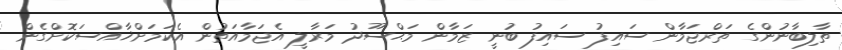
ތާލިބާނުންގެ ތަރްޖަމާން ސައިފު ސައިފު ބުނީ ޒަމާން މަޙްސޫދު މަރާލީ އެޖަމާއަތުން އެކަމަށްޚާއްސަކޮށްގެން